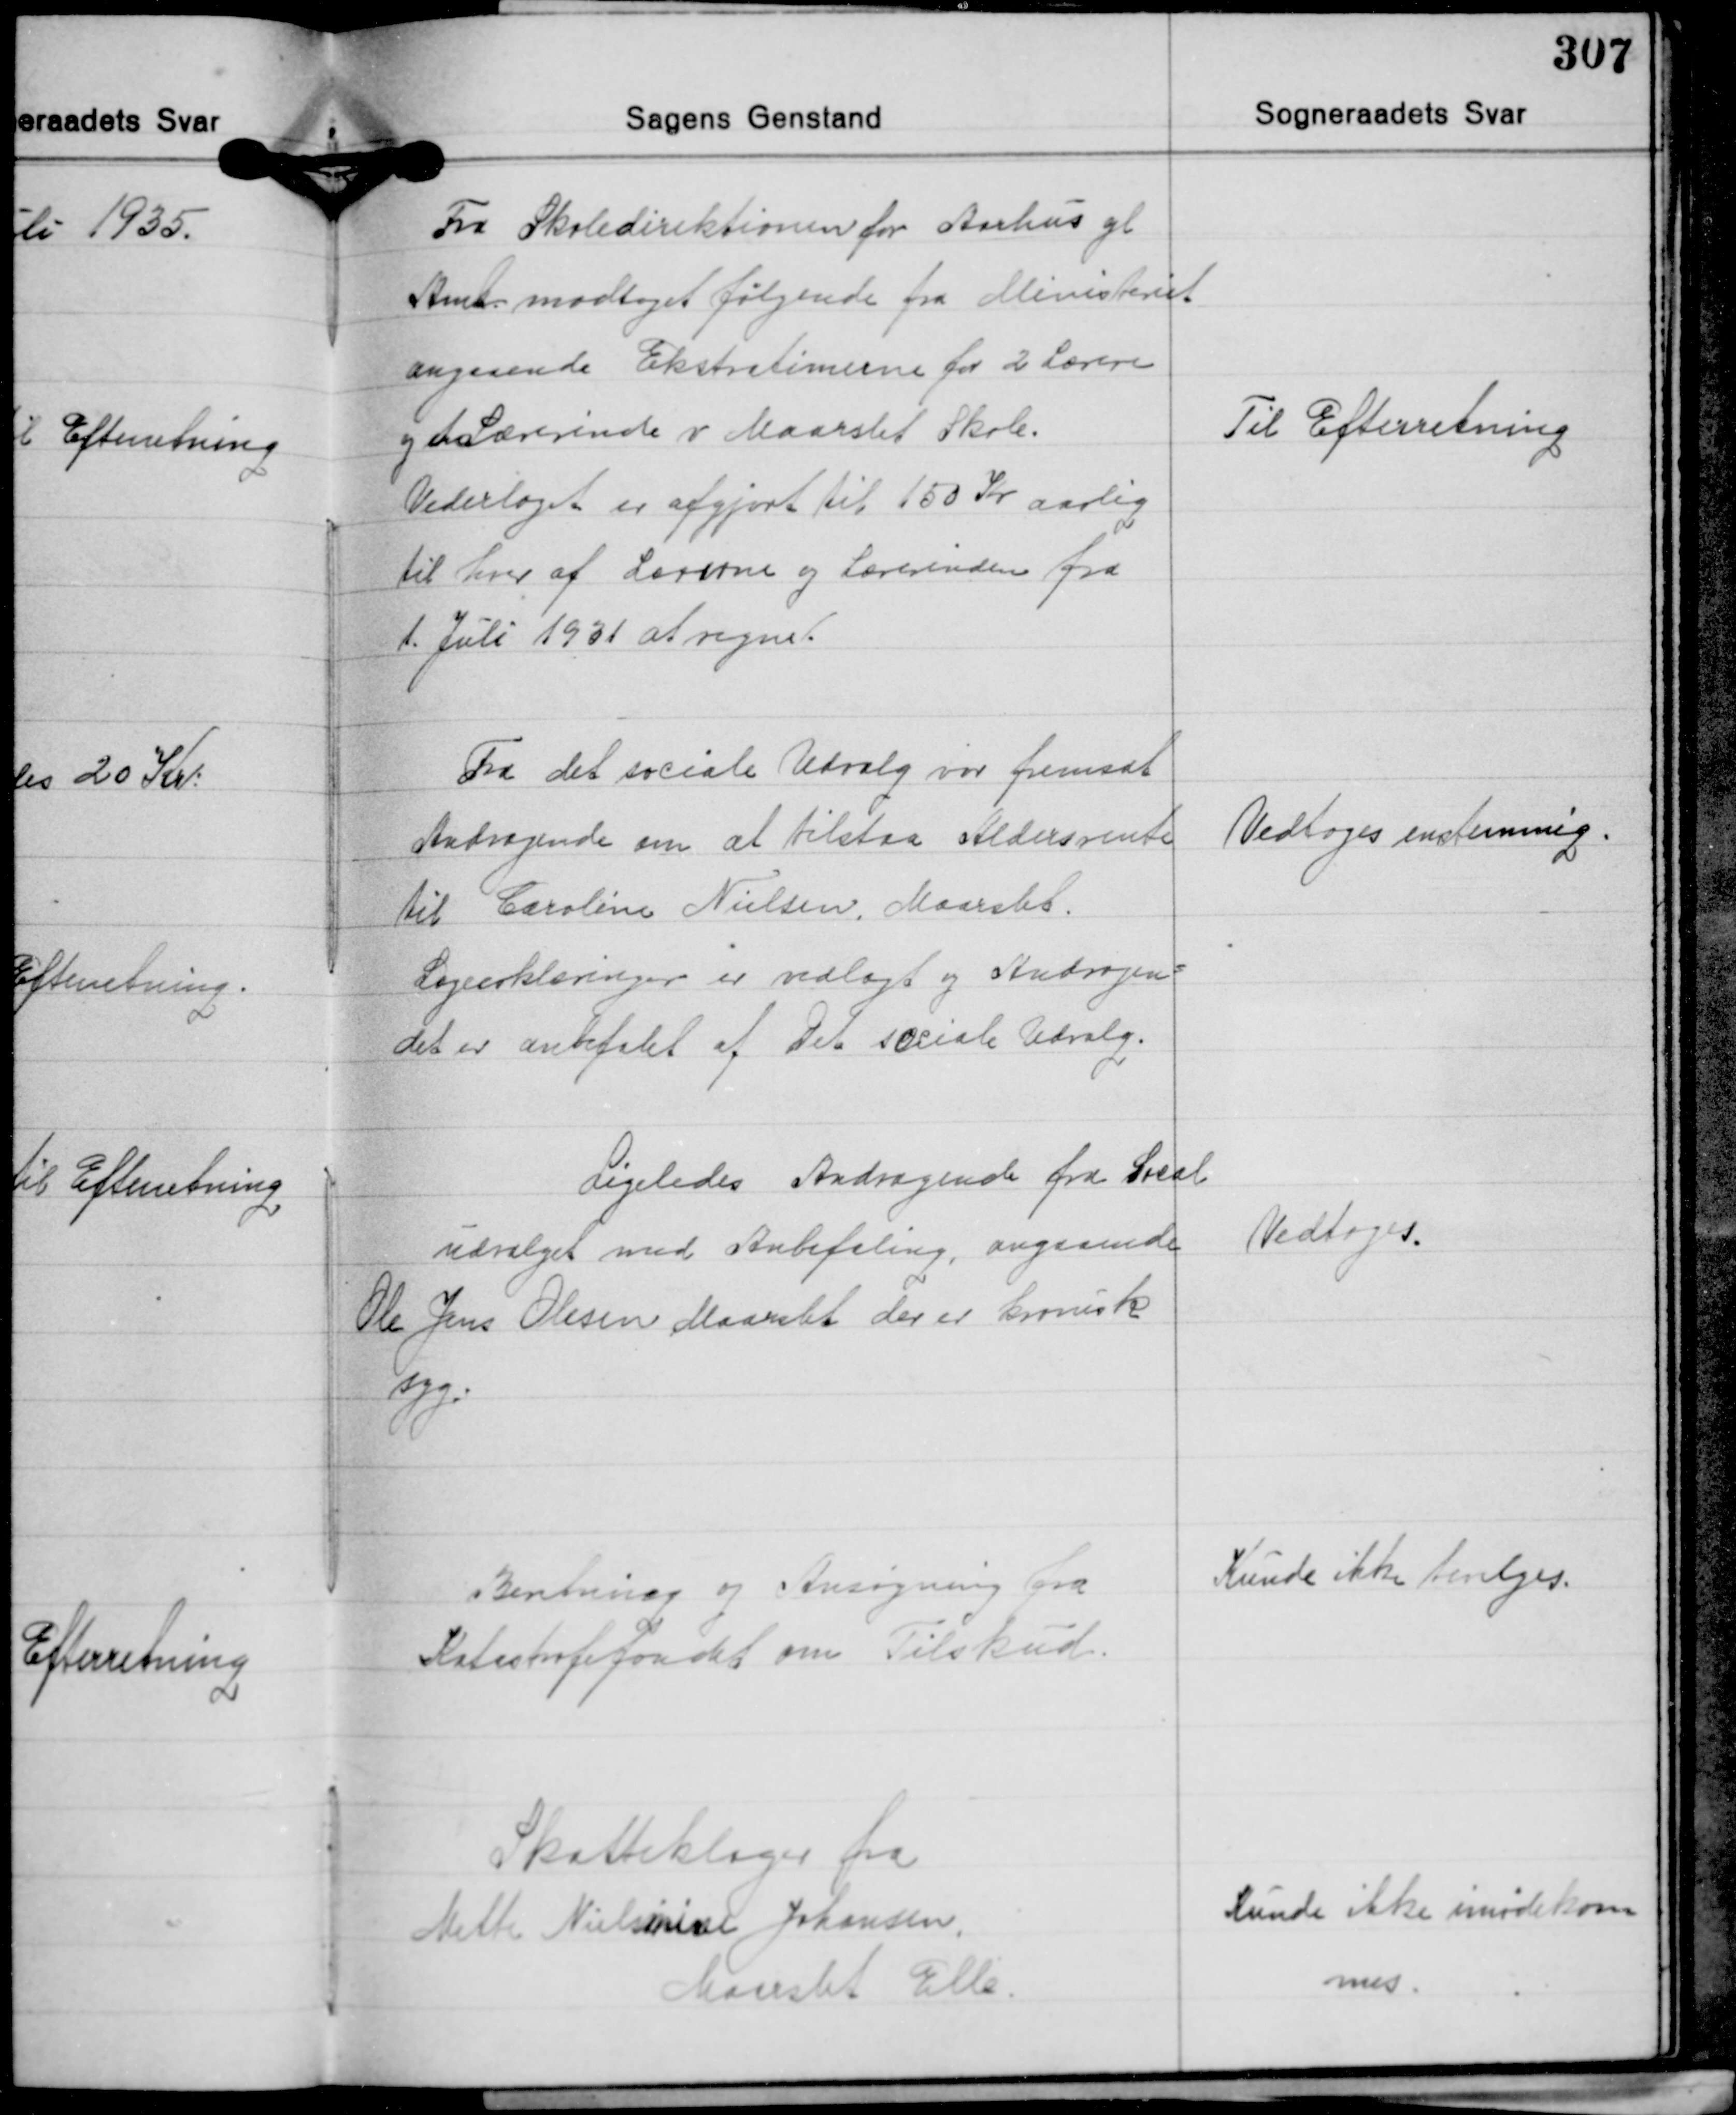
Transskription:
Fra Skoledirektionen for Aarhus gl.
Amt modtaget følgende fra Ministeriet
angaaende Ekstratimerne for 2 Lærere
og en Lærerinde v. Maarslet Skole.
Vederlaget er afgjort til 150 Kr. aarlig
til hver af Lærerne og Lærerinden fra
1. Juli 1931 at regne.

Til Efterretning

Fra det sociale Udvalg var fremsat
Andragende om at tilstaa Aldersrente
til Caroline Nielsen, Maarslet.
Lægeerklæringer er vedlagt og Andragen-
det er anbefalet af Det sociale Udvalg.

Vedtoges enstemmig.

Ligeledes Andragende fra Social-
udvalget med Anbefaling, angaaende
Ole Jens Olesen Maarslet der er kronisk
syg.

Vedtoges.

Bentning og Ansøgning fra
Katestrofefondet om Tilskud.

Kunde ikke bevilges.

Skatteklager fra
Mette Nielsmine Johansen
Maaslet Elle.

Kunde ikke imødekom-
mes.